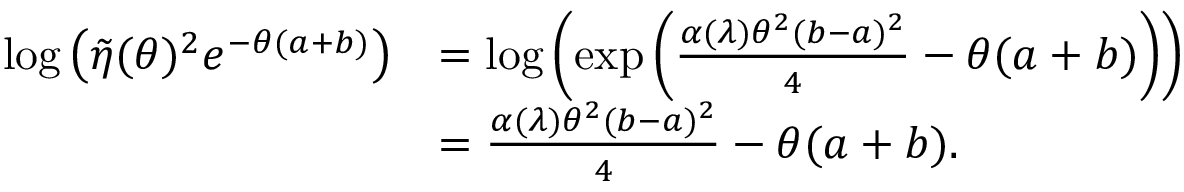
\begin{array} { r l } { \log \left( \tilde { \eta } ( \theta ) ^ { 2 } e ^ { - \theta ( a + b ) } \right) } & { = \log \left( \exp \left( \frac { \alpha ( \lambda ) \theta ^ { 2 } ( b - a ) ^ { 2 } } { 4 } - \theta ( a + b ) \right) \right) } \\ & { = \frac { \alpha ( \lambda ) \theta ^ { 2 } ( b - a ) ^ { 2 } } { 4 } - \theta ( a + b ) . } \end{array}